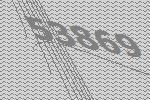
53869